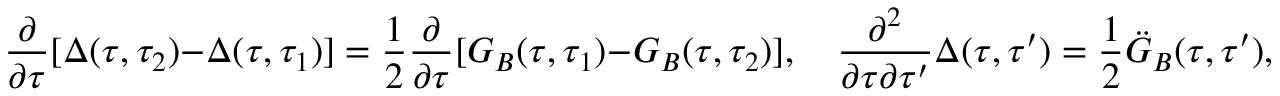
\frac { \partial } { \partial \tau } [ \Delta ( \tau , \tau _ { 2 } ) - \Delta ( \tau , \tau _ { 1 } ) ] = { \frac { 1 } { 2 } } \frac { \partial } { \partial \tau } [ G _ { B } ( \tau , \tau _ { 1 } ) - G _ { B } ( \tau , \tau _ { 2 } ) ] , \quad \frac { \partial ^ { 2 } } { \partial \tau \partial \tau ^ { \prime } } \Delta ( \tau , \tau ^ { \prime } ) = { \frac { 1 } { 2 } } \ddot { G } _ { B } ( \tau , \tau ^ { \prime } ) ,